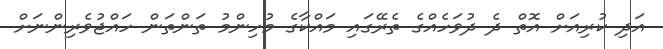
އަދި ކުރިއަށް އޮތް ދެ ދުވަހެއްގެ ތެރޭގައި މައްކާގެ މުހިންމު ތަންތަން ހައްޖުވެރިންނަށް